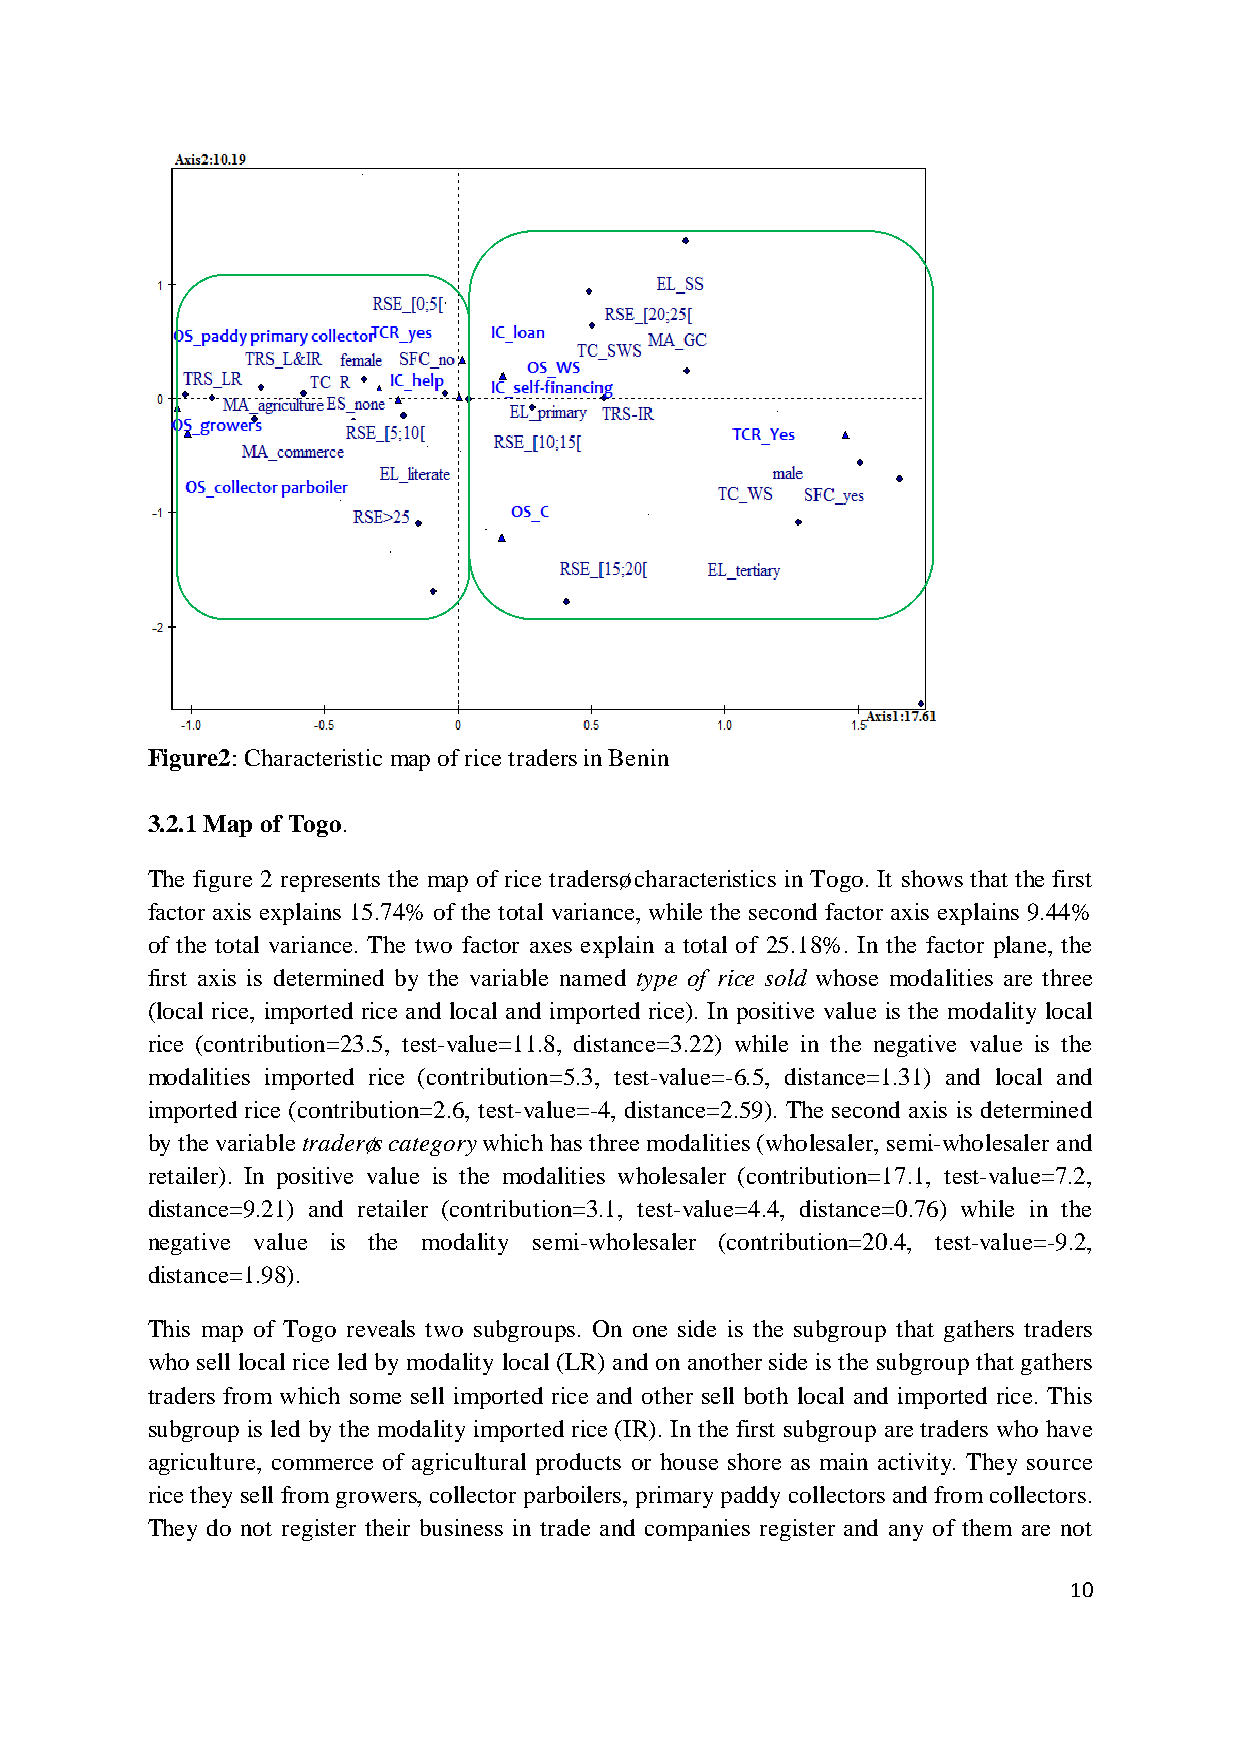
Figure2: Characteristic map of rice traders in Benin
 3.2.1 Map of Togo.
 The figure 2 represents the map of rice traders’ characteristics in Togo. It shows that the first
 factor axis explains 15.74% of the total variance, while the second factor axis explains 9.44%
 of the total variance. The two factor axes explain a total of 25.18%. In the factor plane, the
 first axis is determined by the variable named type of rice sold whose modalities are three
 (local rice, imported rice and local and imported rice). In positive value is the modality local
 rice (contribution=23.5, test-value=11.8, distance=3.22) while in the negative value is the
 modalities imported rice (contribution=5.3, test-value=-6.5, distance=1.31) and local and
 imported rice (contribution=2.6, test-value=-4, distance=2.59). The second axis is determined
 by the variable trader’s category which has three modalities (wholesaler, semi-wholesaler and
 retailer). In positive value is the modalities wholesaler (contribution=17.1, test-value=7.2,
 distance=9.21) and retailer (contribution=3.1, test-value=4.4, distance=0.76) while in the
 negative value is the modality semi-wholesaler (contribution=20.4, test-value=-9.2,
 distance=1.98).
 This map of Togo reveals two subgroups. On one side is the subgroup that gathers traders
 who sell local rice led by modality local (LR) and on another side is the subgroup that gathers
 traders from which some sell imported rice and other sell both local and imported rice. This
 subgroup is led by the modality imported rice (IR). In the first subgroup are traders who have
 agriculture, commerce of agricultural products or house shore as main activity. They source
 rice they sell from growers, collector parboilers, primary paddy collectors and from collectors.
 They do not register their business in trade and companies register and any of them are not
 10